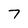
Character: 7